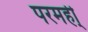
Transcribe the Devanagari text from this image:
परमही्